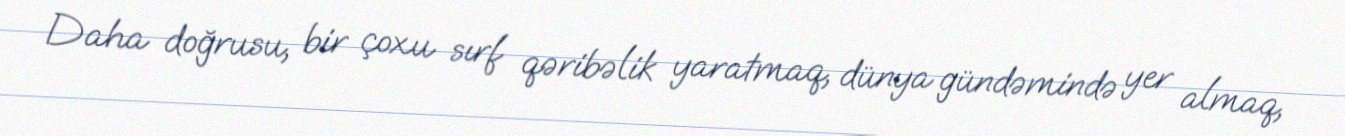
Daha doğrusu, bir çoxu sırf qəribəlik yaratmaq, dünya gündəmində yer almaq,